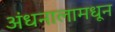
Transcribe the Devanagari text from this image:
अंधनालामधून